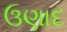
ઉણાદ